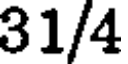
31/4